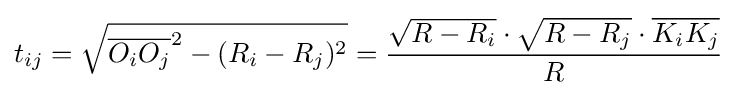
t_{ij}={\sqrt {{\overline {O_{i}O_{j}}}^{2}-(R_{i}-R_{j})^{2}}}={\frac {{\sqrt {R-R_{i}}}\cdot {\sqrt {R-R_{j}}}\cdot {\overline {K_{i}K_{j}}}}{R}}